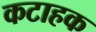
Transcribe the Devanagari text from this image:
कटाहक